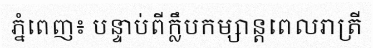
ភ្នំពេញ៖ បន្ទាប់ពីក្លឹបកម្សាន្តពេលរាត្រី